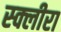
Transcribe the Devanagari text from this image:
स्क्लीरा